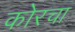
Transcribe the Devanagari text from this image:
कोरचा